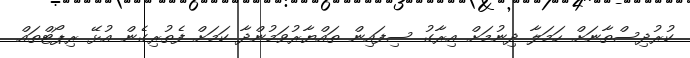
ކުރުދިސްތާނަށް ހަމަލާ ދިނުމަށް އިރާގު ސިފައިން ތައްޔާރުވަމުންދާ ކަމަށް ފެތުރިގެން އުޅޭ ރިޕޯޓްތައް